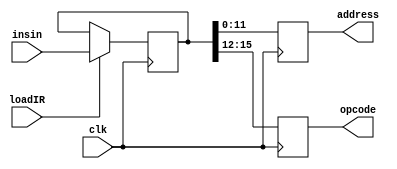
////////////////////////////////////////////////////////////////
//////	Instruction Register realization		///////
///////////////////////////////////////////////////////////////
module insReg ( clk, loadIR, insin, address, opcode);
input clk;
input loadIR;
input [15:0] insin;
output [11:0] address;
output [3:0] opcode;

reg [11:0] address;
reg [3:0] opcode;

reg [15:0] temp;

always@(posedge clk)
begin
	if(loadIR == 1) begin
	temp <= insin;
	end
address <= temp[11:0];
opcode <= temp[15:12];
end
endmodule